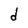
Character: d